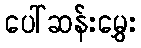
ပေါ်ဆန်းမွှေး